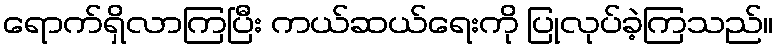
ရောက်ရှိလာကြပြီး ကယ်ဆယ်ရေးကို ပြုလုပ်ခဲ့ကြသည်။